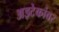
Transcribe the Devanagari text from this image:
अझ्टेकांवर